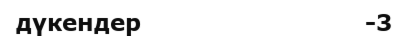
дүкендер                            -3